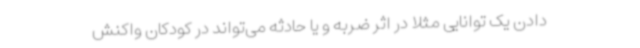
دادن یک توانایی مثلا در اثر ضربه و یا حادثه می‌تواند در کودکان واکنش